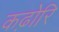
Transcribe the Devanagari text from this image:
कढ़ोरि